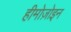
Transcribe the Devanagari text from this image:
हीमोज़ोइन